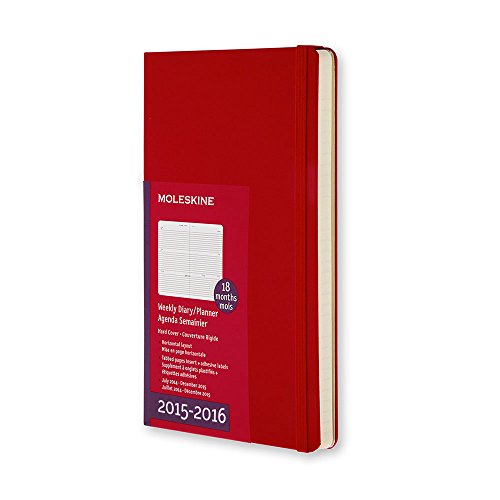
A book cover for Moleskine 2015-2016 Weekly Planner, Horizontal, 18M, Pocket, Scarlet Red, Hard Cover (3.5 x 5.5); Moleskine; Calendars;